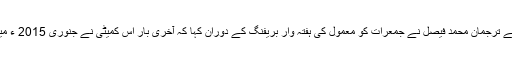
پاکستان کے دفتر خارجہ کے ترجمان محمد فیصل نے جمعرات کو معمول کی ہفتہ وار بریفنگ کے دوران کہا کہ آخری بار اس کمیٹی نے جنوری 2015 ء میں پاکستان کا دورہ کیا تھا ۔